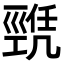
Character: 𢀫